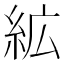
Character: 絋